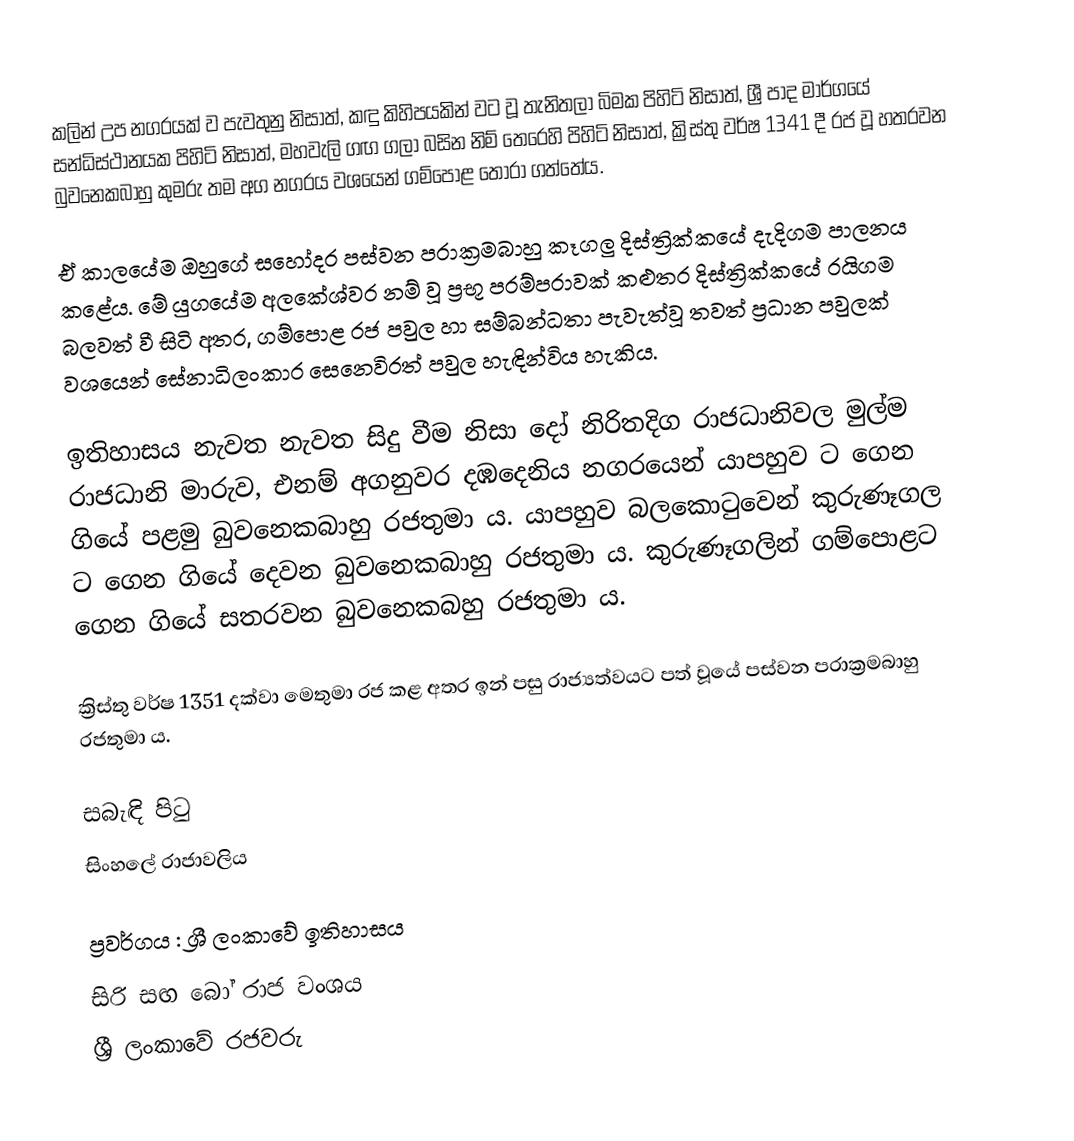
කලින් උප නගරයක් ව පැවතුනු නිසාත්, කඳු කිහිපයකින් වට වූ තැනිතලා බිමක පිහිටි නිසාත්, ශ්‍රී පාද මාර්ගයේ සන්ධිස්ථානයක පිහිටි නිසාත්, මහවැලි ගඟ ගලා බසින නිම් තෙරෙහි පිහිටි නිසාත්, ක්‍රිස්තු වර්ෂ 1341 දී රජ වූ හතරවන බුවනෙකබාහු කුමරු තම අග නගරය වශයෙන් ගම්පොළ තෝරා ගත්තේය.

ඒ කාලයේම ඔහුගේ සහෝදර පස්වන පරාක්‍රමබාහු කෑගලු දිස්ත්‍රික්කයේ දැදිගම පාලනය කළේය. මේ යුගයේම අලකේශ්වර නම් වූ ප්‍රභූ පරම්පරාවක් කළුතර දිස්ත්‍රික්කයේ රයිගම බලවත් වී සිටි අතර, ගම්පොළ රජ පවුල හා සම්බන්ධතා පැවැත්වූ තවත් ප්‍රධාන පවුලක් වශයෙන් සේනාධිලංකාර සෙනෙවිරත් පවුල හැඳින්විය හැකිය.

ඉතිහාසය නැවත නැවත සිදු වීම නිසා දෝ නිරිතදිග රාජධානිවල මුල්ම රාජධානි මාරුව, එනම් අගනුවර දඹදෙනිය නගරයෙන් යාපහුව ට ගෙන ගියේ පළමු බුවනෙකබාහු රජතුමා ය. යාපහුව බලකොටුවෙන් කුරුණෑගල ට ගෙන ගියේ දෙවන බුවනෙකබාහු රජතුමා ය. කුරුණෑගලින් ගම්පොළට ගෙන ගියේ සතරවන බුවනෙකබහු රජතුමා ය.

ක්‍රිස්තු වර්ෂ 1351 දක්වා මෙතුමා රජ කළ අතර ඉන් පසු රාජ්‍යත්වයට පත් වූයේ පස්වන පරාක්‍රමබාහු රජතුමා ය.

සබැඳි පිටු
 සිංහලේ රාජාවලිය

ප්‍රවර්ගය : ශ්‍රී ලංකාවේ ඉතිහාසය
සිරි සඟ බෝ රාජ වංශය
ශ්‍රී ලංකාවේ රජවරු